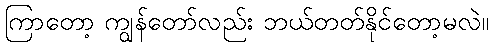
ကြာတော့ ကျွန်တော်လည်း ဘယ်တတ်နိုင်တော့မလဲ။